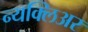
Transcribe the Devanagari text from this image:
न्यक्लिअर